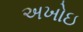
અખોઇ